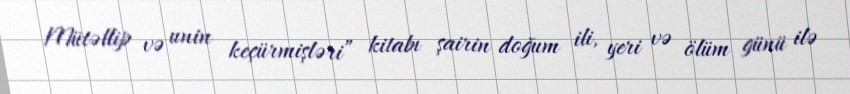
Mütəllip və unin keçürmişləri” kitabı şairin doğum ili, yeri və ölüm günü ilə